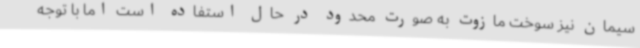
سیمان‌ نیز سوخت مازوت به صورت محدود در حال استفاده است اما با توجه